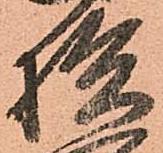
拾